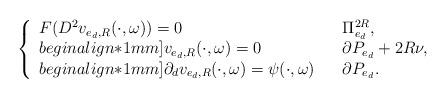
LaTeX: \begin{align*}\left\{\begin{array}{lll}F(D^2v_{e_d,R}(\cdot, \omega)) = 0 & & \Pi_{e_d}^{2R},\\begin{align*}1mm]v_{e_d,R}(\cdot, \omega) = 0 & & \partial P_{e_d} + 2R\nu,\\begin{align*}1mm]\partial_dv_{e_d,R}(\cdot,\omega) = \psi(\cdot,\omega) & & \partial P_{e_d}.\end{array}\right.\end{align*}